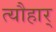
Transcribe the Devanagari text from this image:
त्यौहार्